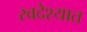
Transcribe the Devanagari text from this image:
स्वदेश्यात